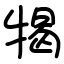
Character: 㹇